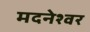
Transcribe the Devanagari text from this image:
मदनेश्वर